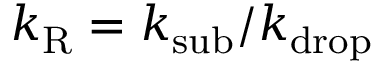
k _ { \mathrm { R } } = k _ { \mathrm { s u b } } / k _ { \mathrm { d r o p } }